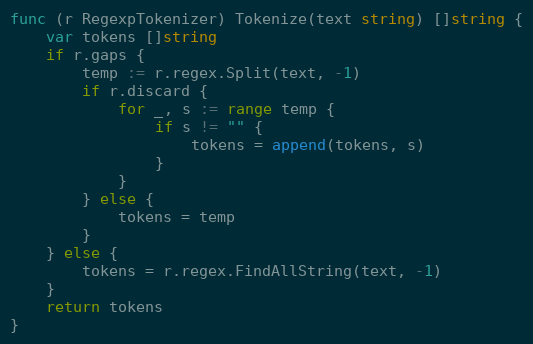
Language: Go
func (r RegexpTokenizer) Tokenize(text string) []string {
	var tokens []string
	if r.gaps {
		temp := r.regex.Split(text, -1)
		if r.discard {
			for _, s := range temp {
				if s != "" {
					tokens = append(tokens, s)
				}
			}
		} else {
			tokens = temp
		}
	} else {
		tokens = r.regex.FindAllString(text, -1)
	}
	return tokens
}